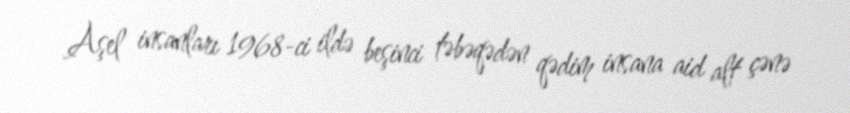
Aşel insanları 1968-ci ildə beşinci təbəqədən qədim insana aid alt çənə